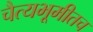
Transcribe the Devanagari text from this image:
चैत्यभूमीतच